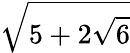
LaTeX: \sqrt{5+2\sqrt{6}}